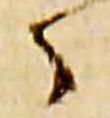
々